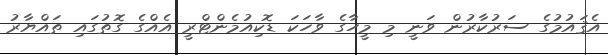
އެޤައުމުގެ ސަރުކާރުން ވަނީ މި މީހާގެ ވާހަކަ ޑޮކިއުމެންޓްރީ އެއްގެ ގޮތުގައި ތައްޔާރު